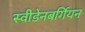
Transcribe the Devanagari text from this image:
स्वीडेनबर्गियन